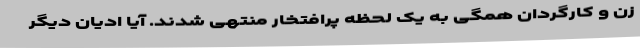
زن و کارگردان همگی به یک لحظه پرافتخار منتهی شدند. آیا ادیان دیگر